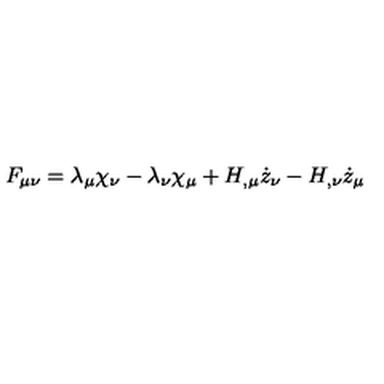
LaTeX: F _ { \mu \nu } = \lambda _ { \mu } \chi _ { \nu } - \lambda _ { \nu } \chi _ { \mu } + H _ { , \mu } \dot { z } _ { \nu } - H _ { , \nu } \dot { z } _ { \mu }